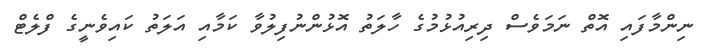
ނިންމާފައި އޮތް ނަމަވެސް ދިރިއުޅުމުގެ ހާލަތު އޮޅުންނުފިލުވާ ކަމާއި އަލަތު ކައިވެނީގެ ފްލެޓް